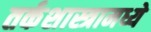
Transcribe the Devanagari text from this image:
तर्कशास्त्रामध्ये